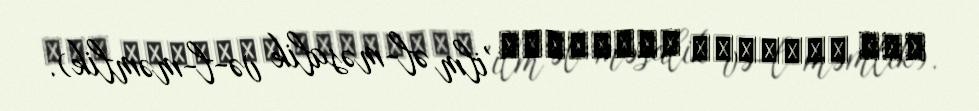
علم المسالك والممالك 'ilm əl-məsalik və-l-məmlik).